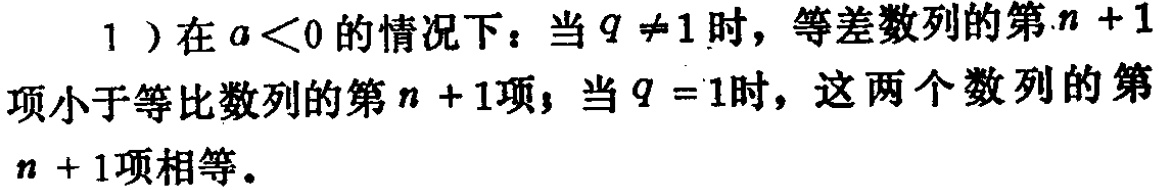
1）在\(a<0\)的情况下：当\(q\neq1\)时，等差数列的第\(n + 1\)项小于等比数列的第\(n + 1\)项；当\(q = 1\)时，这两个数列的第\(n + 1\)项相等。